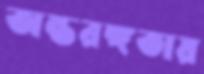
অন্তরঙ্গতায়